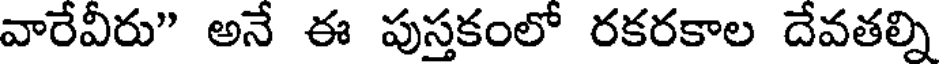
వారేవీరు" అనే ఈ పుస్తకంలో రకరకాల దేవతల్ని